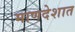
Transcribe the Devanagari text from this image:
माणदेशात